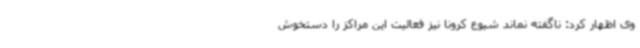
وی اظهار کرد: ناگفته نماند شیوع کرونا نیز فعالیت این مراکز را دستخوش